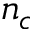
n _ { c }